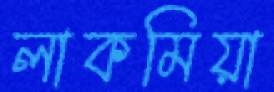
লাকমিয়া